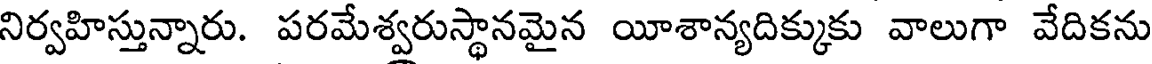
నిర్వహిస్తున్నారు. పరమేశ్వరుస్థానమైన యీశాన్యదిక్కుకు వాలుగా వేదికను